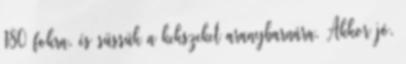
180 fokra, és süssük a kekszeket aranybarnára. Akkor jó,